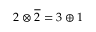
2 \otimes { \overline { { 2 } } } = 3 \oplus 1